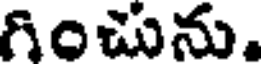
గించును.